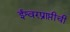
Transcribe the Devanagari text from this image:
ईश्वरप्राप्तीची